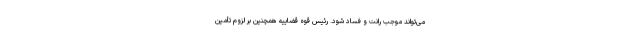
می‌تواند موجب رانت و فساد شود. رئیس قوه قضاییه همچنین بر لزوم تأمین